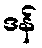
ဒန်